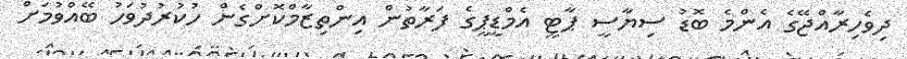
ދިވެހިރާއްޖޭގެ އެންމެ ބޮޑު ސިޔާސީ ޕާޓީ އެމްޑީޕީގެ ފަރާތުން އިންތިޒާމްކޮށްގެން ހުކުރުދުވަހު ބޭއްވުމަށް